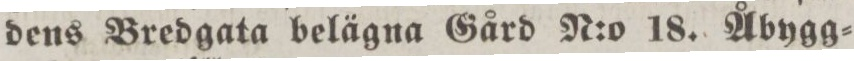
dens Bredgata belägna Gård N:o 18. Åbygg=